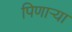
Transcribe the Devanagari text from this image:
पिणाऱ्या